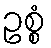
ဥစ္စံ